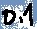
Text: 0.1